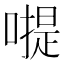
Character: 𠽮